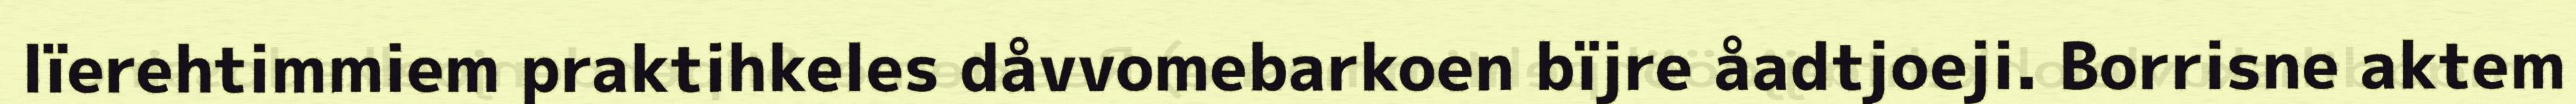
lïerehtimmiem praktihkeles dåvvomebarkoen bïjre åadtjoeji. Borrisne aktem